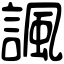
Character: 諷